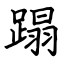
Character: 蹋